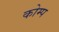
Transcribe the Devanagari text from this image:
कोम्प